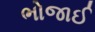
ભોજાઈ